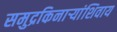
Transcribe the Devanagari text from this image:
समुद्रकिनार्‍यांशिवाय